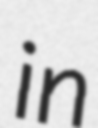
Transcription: in